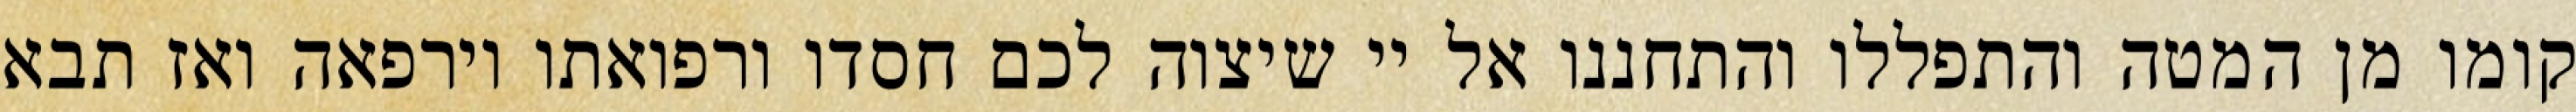
קומו מן המטה והתפללו והתחננו אל יי שיצוה לכם חסדו ורפואתו וירפאה ואז תבא